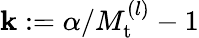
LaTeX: \mathbf{k}:=\alpha/M_{\mathrm{{t}}}^{(l)}-1